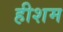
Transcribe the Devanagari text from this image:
हीशम